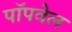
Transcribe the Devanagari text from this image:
पॉपवेल